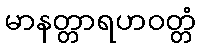
မာနတ္တာရဟဝတ္တံ